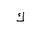
Letter: _kaf